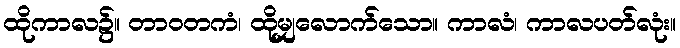
ထိုကာလ၌။ တာဝတကံ၊ ထိုမျှလောက်သော။ ကာလံ၊ ကာလပတ်လုံး။